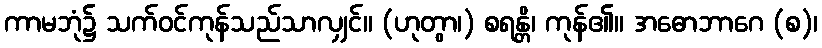
ကာမဘုံ၌ သက်ဝင်ကုန်သည်သာလျှင်။ (ဟုတွာ၊) စရန္တိ၊ ကုန်၏။ အဓောဘာဂေ (စ)၊